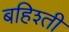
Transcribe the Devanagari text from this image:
बहिश्ती